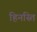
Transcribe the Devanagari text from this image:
हिनस्ति